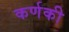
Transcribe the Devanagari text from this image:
कर्णकी